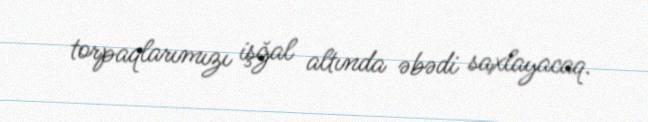
torpaqlarımızı işğal altında əbədi saxlayacaq.